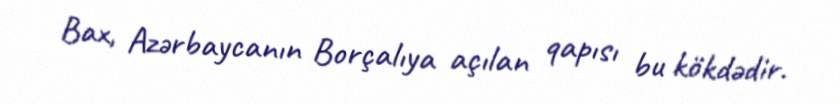
Bax, Azərbaycanın Borçalıya açılan qapısı bu kökdədir.